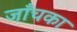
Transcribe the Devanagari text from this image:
जाँचका